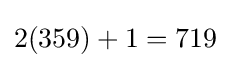
2(359)+1=719